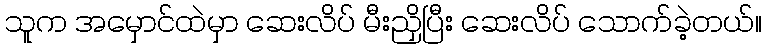
သူက အမှောင်ထဲမှာ ဆေးလိပ် မီးညှိပြီး ဆေးလိပ် သောက်ခဲ့တယ်။